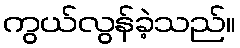
ကွယ်လွန်ခဲ့သည်။